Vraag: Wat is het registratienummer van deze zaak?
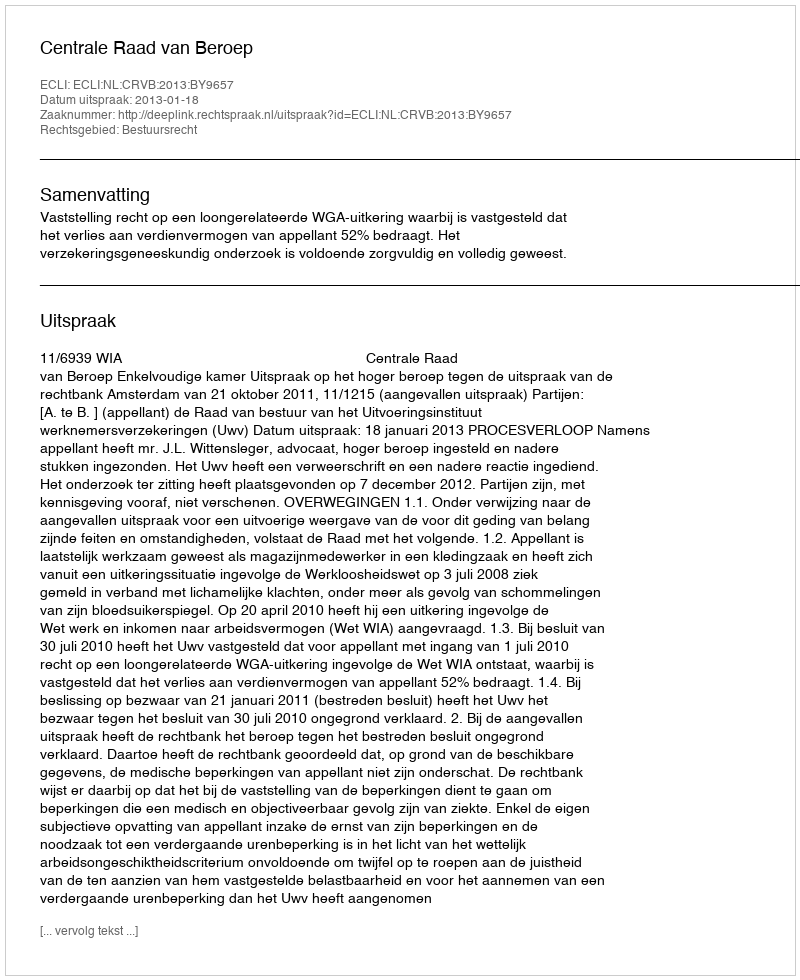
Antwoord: http://deeplink.rechtspraak.nl/uitspraak?id=ECLI:NL:CRVB:2013:BY9657